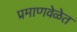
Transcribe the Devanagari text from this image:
प्रमाणवेळेत